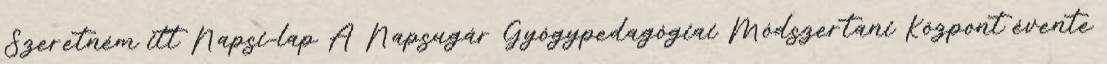
Szeretném itt Napsi-lap A Napsugár Gyógypedagógiai Módszertani Központ évente